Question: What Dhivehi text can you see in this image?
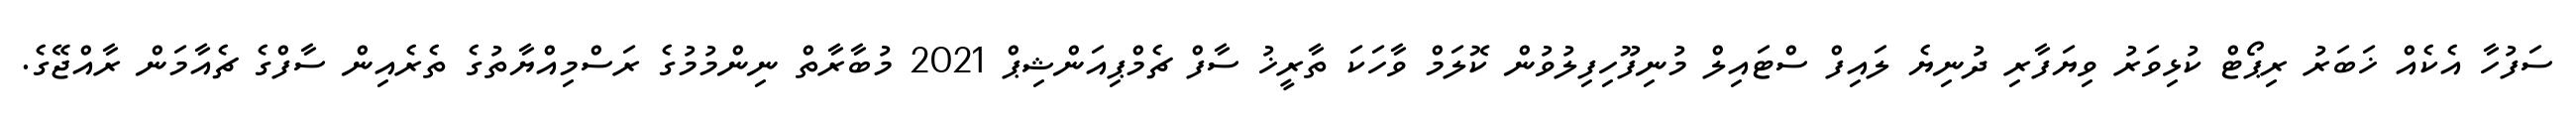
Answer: ސަފުހާ އެކެއް ޚަބަރު ރިޕޯޓް ކުޅިވަރު ވިޔަފާރި ދުނިޔެ ލައިފް ސްޓައިލް މުނިފޫހިފިލުވުން ކޮލަމް ވާހަކަ ތާރީޚު ސާފް ޗެމްޕިއަންޝިޕް 2021 މުބާރާތް ނިންމުމުގެ ރަސްމިއްޔާތުގެ ތެރެއިން ސާފްގެ ޗެއާމަން ރާއްޖޭގެ.